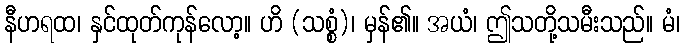
နီဟရထ၊ နှင်ထုတ်ကုန်လော့။ ဟိ (သစ္စံ)၊ မှန်၏။ အယံ၊ ဤသတို့သမီးသည်။ မံ၊